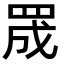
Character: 𮊅